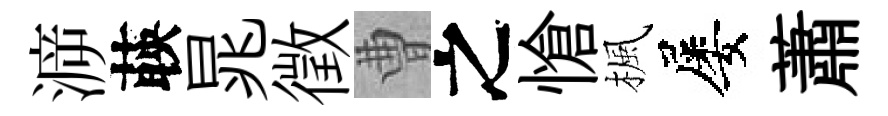
㴑𦴤晁徵曹之愴楓屡蕭